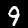
Digit: 9